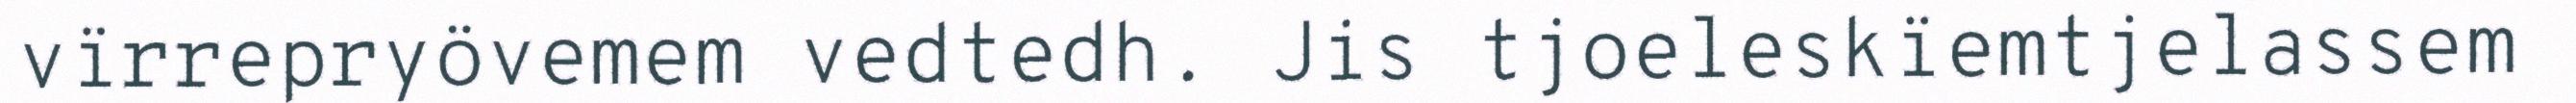
vïrrepryövemem vedtedh. Jis tjoeleskïemtjelassem